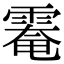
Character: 𩄀